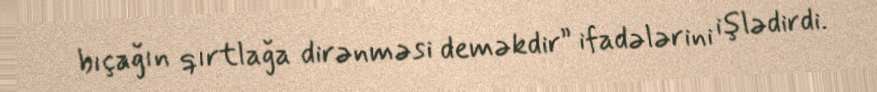
bıçağın qırtlağa dirənməsi deməkdir” ifadələrini işlədirdi.